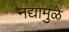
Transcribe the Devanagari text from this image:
नद्यामुळे